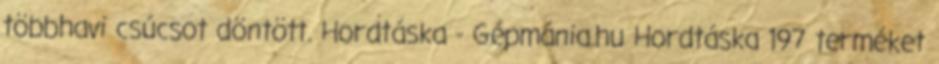
többhavi csúcsot döntött. Hordtáska - Gépmánia.hu Hordtáska 197 terméket